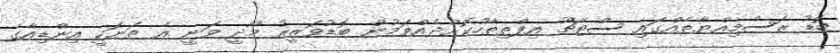
ބޮޑު ރަސްމިއްޔާތެއްގައި ސްޓެޗޫ އިފްތިތާހުކޮށްދެއްވަމުން ބޮޑުވަޒީރު މޯދީ ވަނީ އެ ތަނަކީ އިންޑިއާގެ